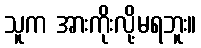
သူက အားကိုးလို့မရဘူး။